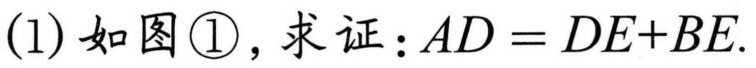
(1) 如图\textcircled{1}，求证：\(AD = DE + BE\).